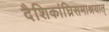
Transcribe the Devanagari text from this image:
दैशिकांघ्रिसमाश्रयात्